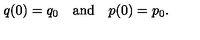
q ( 0 ) = q _ { 0 } \quad \mathrm { a n d } \quad p ( 0 ) = p _ { 0 } .